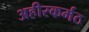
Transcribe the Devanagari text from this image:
अहीरकर्मठ